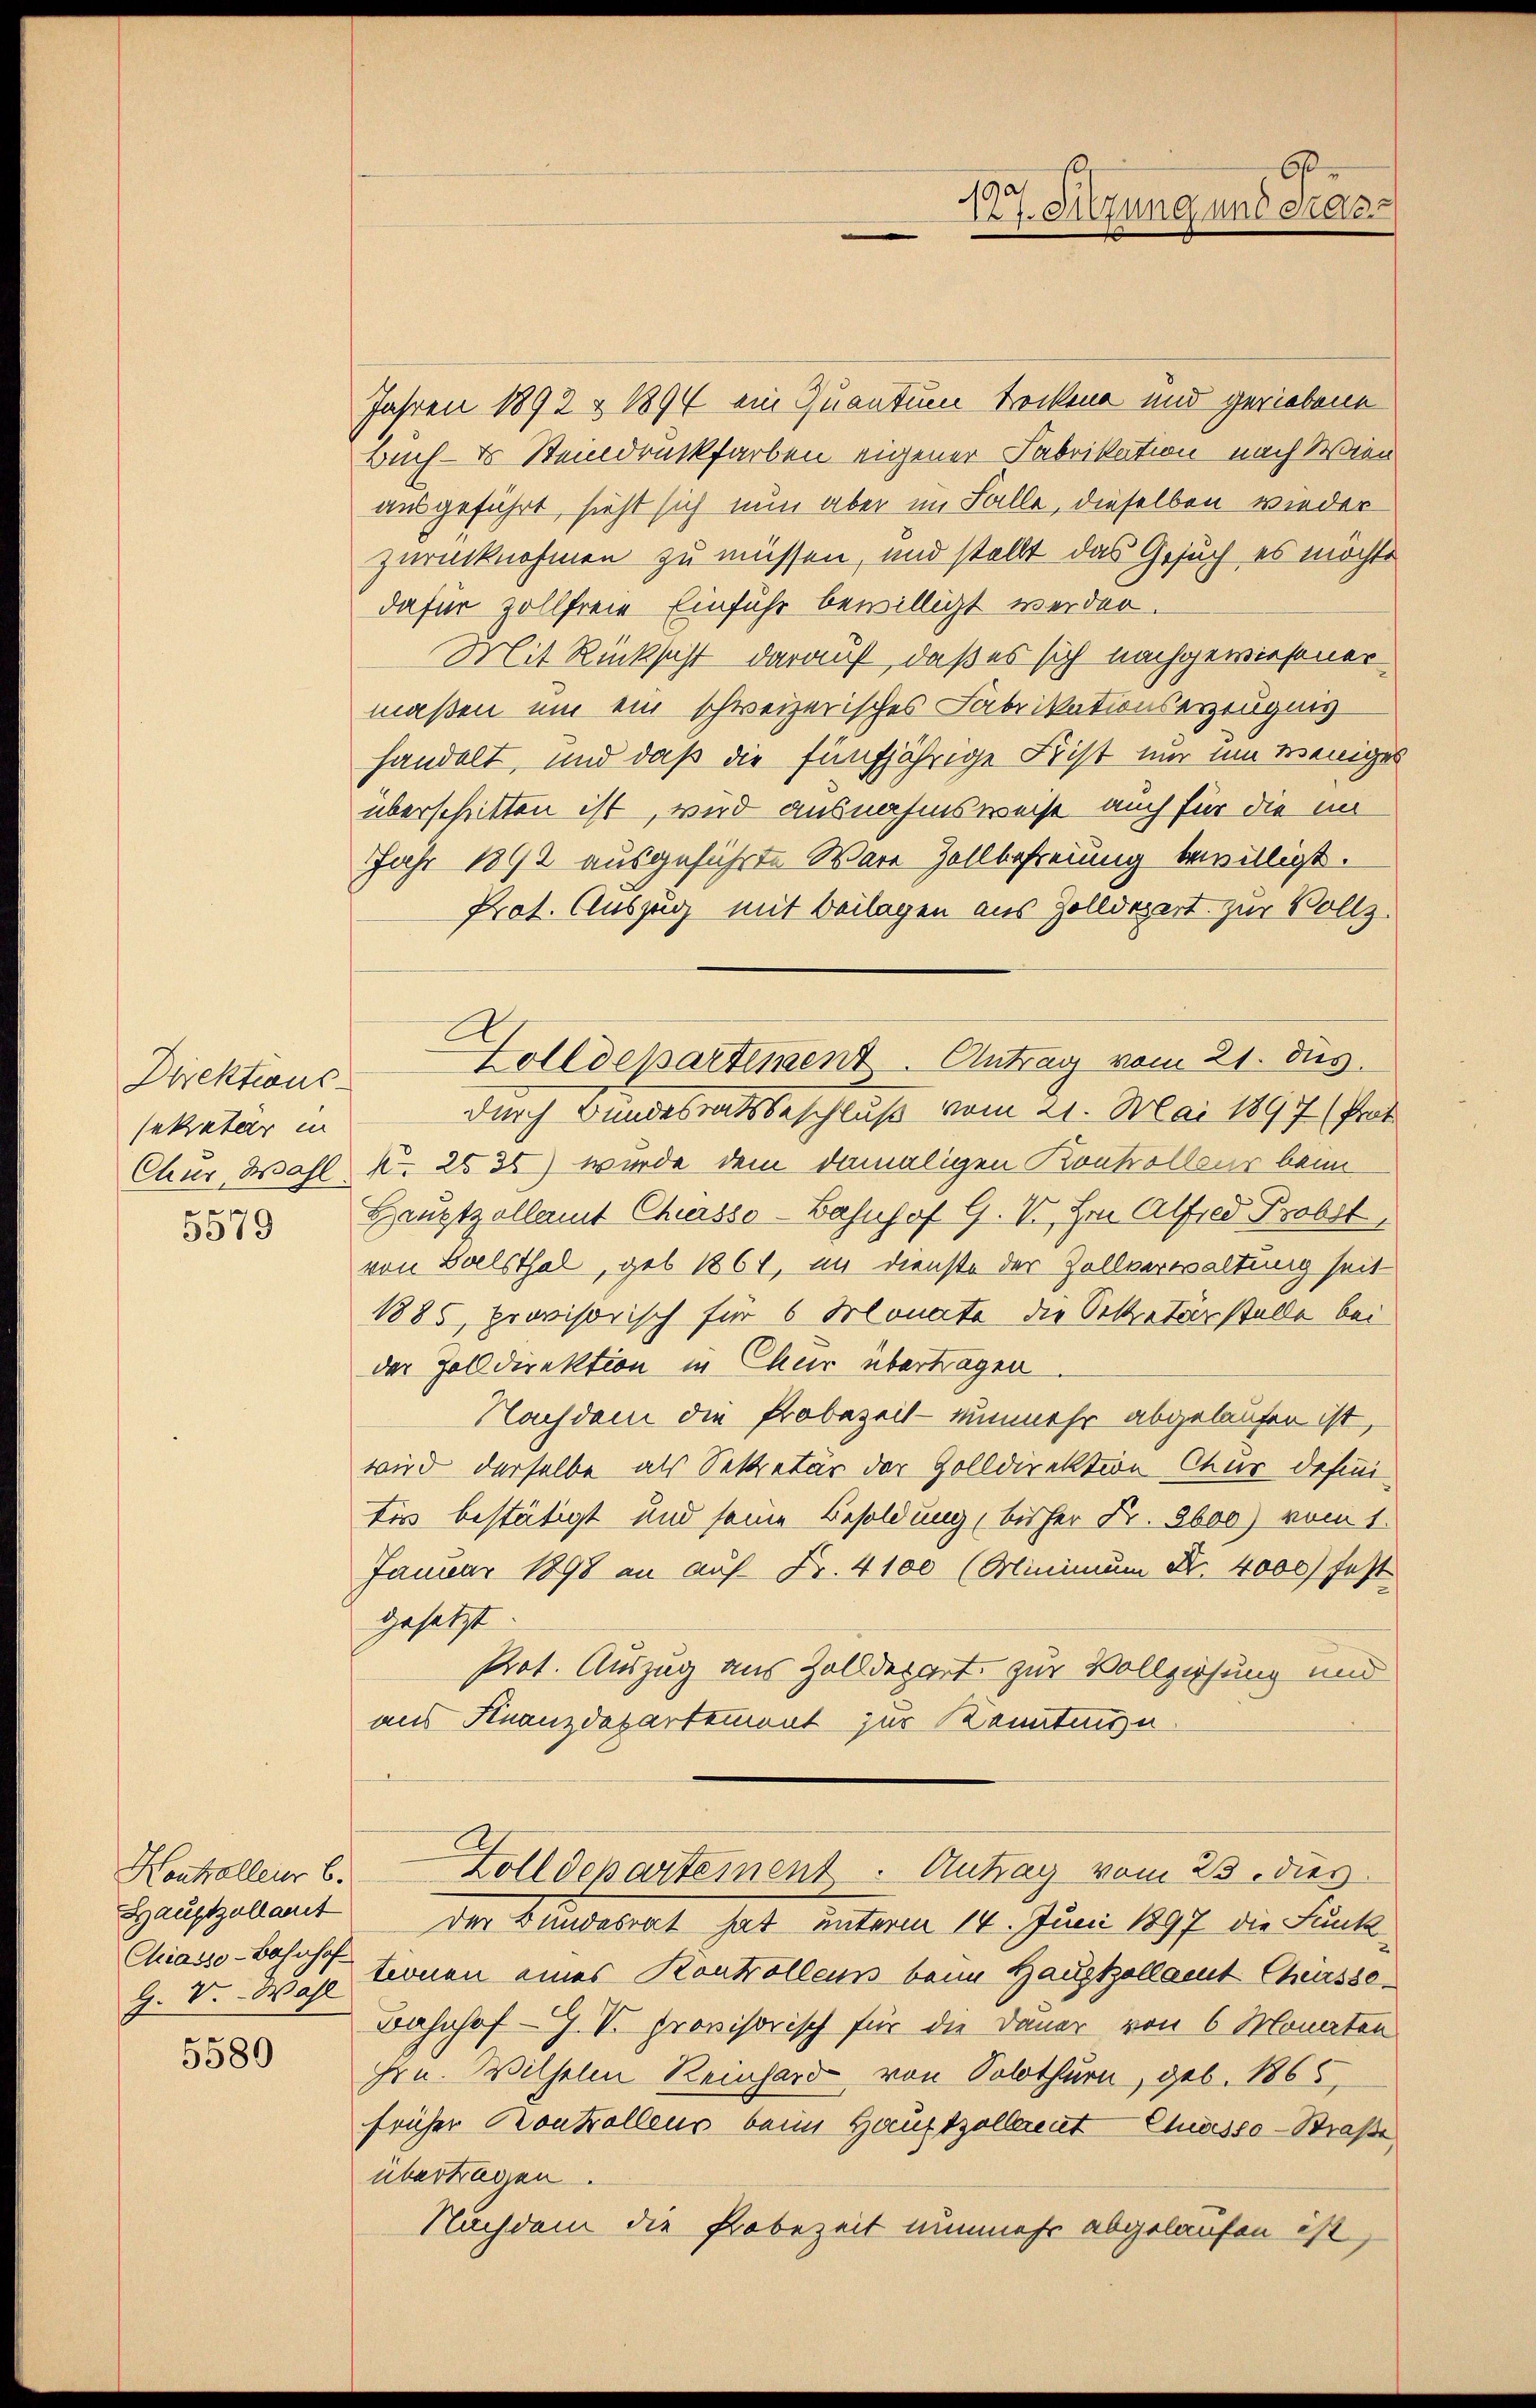
Direktions
sekretär in
Chur, Wahl.
5579

Kontralleur b.
Hauptzollanet
Chiasso-Bahnhof

5580

Jahren 1892 & 1894 ein Quantum trocken und geriebene
Buch- & Steindruckfarben eigener Fabrikation nach Wien
ausgeführt, sieht sich nun aber im Falle, dieselben wieder
zurücknehmen zu müssen, und stellt das Gesuch es möchte
dafür zollfreie Einfuhr bewilligt werden.
Mit Rücksicht darauf, daß es sich nachgewiesener
maßen um ein schweizerisches Fabrikationserzeugnis
handelt, und daß die fünfjährige Frist nur um weniges
überschritten ist, wird ausnahmsweise auch für die im
JJahr 1892 ausgeführte Ware Zollbefreiung bewilligt.
Prot. Auszug mit Beilagen aus Zolldepert zur Vollz
durch Bundesratsbeschluß vom 21. Mai 1897 (Prot
f 25 35) wurde dem damaligen Kontrolleur beim
Hauptzollamt Chursso-Bahnhof G. V, Hrn. Alfred Probst,
von Balsthal, geb. 1861, im Dienste der Zollverwaltung seit
1885, provisorisch für 6 Solonate die Sekretärstelle bei
der Zolldirektion in Chur übertragen
Nachdem die Probezeit - nunmehr abgelaufen ist,
wird derselbe als Sekretär der Zolldirektion Chur definitis bestätigt und seine Besoldung bisher Fr. 3600) vom 1.
Januar 1898 an auf Fr. 4100 (Minimum Nr. 4000 fest
gesetzt
Prot. Auszug aus Zolldepart, zur Vollziehung und
aus Finanzdepartemont zur Kenntnisn
Zolldepartement - Antrag vom 23. dies
der Bundesrat hat unterm 14. Juni 1897 die Funk¬
J. V. Wahl könen eines Kontrollens beim Hauptzollamt Chiesse¬
Bahnhof - J. V. provisorisch für die Dauer von 6 Monaten
Hrn. Wilhelm Reinhard von Solothurn, geb. 1865,
früher Kontrollens beim Hauptzollerent Clusesso-Straße
übertragen.
Nachdem die Probezeit nunmehr abgelaufen ist,

Holldepartiment - Antrag vom 21. dies

6
190.
121. Sitzung und erac